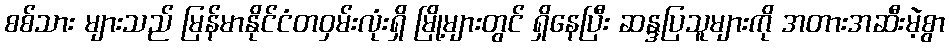
စစ်သား များသည် မြန်မာနိုင်ငံတဝှမ်းလုံးရှိ မြို့များတွင် ရှိနေပြီး ဆန္ဒပြသူများကို အတားအဆီးမဲ့စွာ